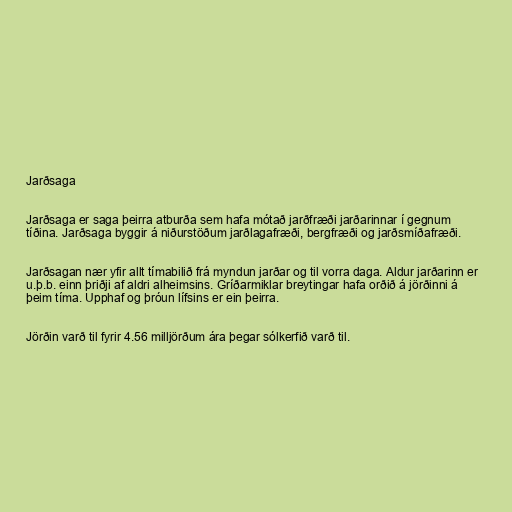
Jarðsaga

Jarðsaga er saga þeirra atburða sem hafa mótað jarðfræði jarðarinnar í gegnum
tíðina. Jarðsaga byggir á niðurstöðum jarðlagafræði, bergfræði og jarðsmíðafræði.

Jarðsagan nær yfir allt tímabilið frá myndun jarðar og til vorra daga. Aldur jarðarinn er
u.þ.b. einn þriðji af aldri alheimsins. Gríðarmiklar breytingar hafa orðið á jörðinni á
þeim tíma. Upphaf og þróun lífsins er ein þeirra.

Jörðin varð til fyrir 4.56 milljörðum ára þegar sólkerfið varð til.